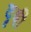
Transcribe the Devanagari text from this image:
दृषी